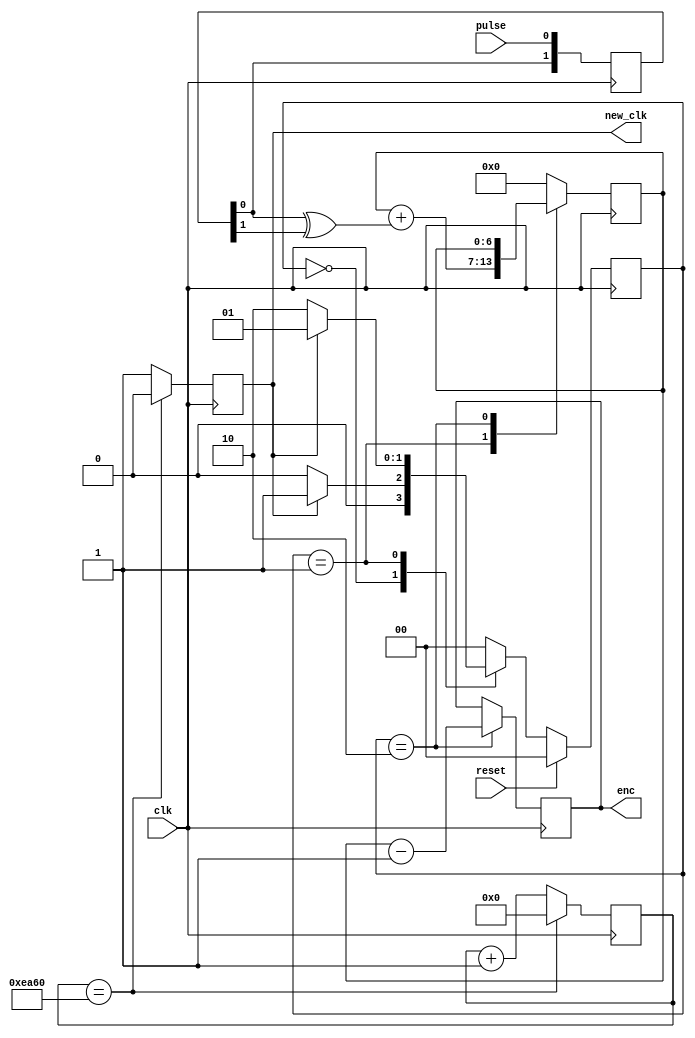
module Encoder(input clk,input pulse,input reset, output [6:0]enc,output new_clk);
reg [1:0] state;
reg [1:0] next_state;
reg [1:0]data;

reg new_clk;
reg [32:0]count = 0;

parameter IDLE = 2'b00, Increment_enc = 2'b01, Latch = 2'b10;
parameter prescaler = 60000;
reg [6:0]temp_enc = 0; 
reg [6:0]enc;
always @(posedge clk)
begin
	if(count == prescaler)
		begin
			count <=0;
			new_clk <= 0;
		end
	else
		begin
			count <= count+1;
			new_clk <= 1; 
		end
end

always @(new_clk)
begin
	next_state = 2'b00;
	case(state)
    IDLE : if (new_clk == 1'b1) begin
                 next_state = Increment_enc;
               end else begin
                  next_state = IDLE;
                end
     Increment_enc : if (new_clk == 1'b1) begin
                  next_state = Increment_enc;
                end else if (new_clk == 1'b0) begin
                 next_state = Latch;
                end else begin
                  next_state = IDLE;
                end
     Latch :  begin
                  next_state = IDLE;
                end
     default : next_state = IDLE;
    endcase
end
always @ (posedge clk)
 begin 
    if (reset == 1'b1) begin
      state <=   IDLE;
    end else begin
      state <=  next_state;
    end
 end
always @(  posedge clk)
begin
	data[1] <= data[0];
	data[0] <= pulse;
	case(state)
    IDLE : begin
		temp_enc <= 0; end
	 Increment_enc :begin 
						temp_enc <= temp_enc + (data[0]^data[1]); end
    Latch : begin
				enc <= temp_enc-1; end
	default : temp_enc <= 0;
	 endcase
end
endmodule